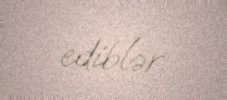
ediblər.